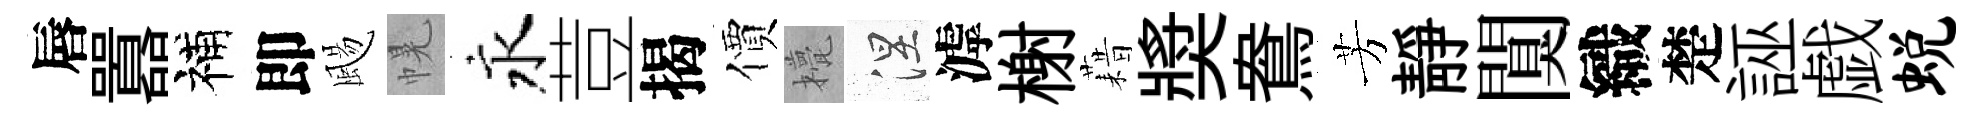
唇囂補即颺幌永荳揭價甍涅滹榭藉奬鴦芳靜闃織楚誣戯蜕